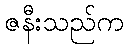
ဇနီးသည်က